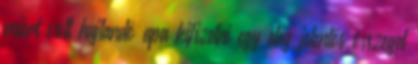
miért volt hajlandó apa kifizetni egy elég jelentős összeget